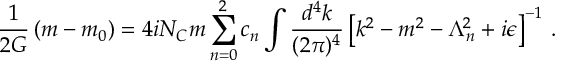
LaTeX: \frac { 1 } { 2 G } \left( m - m _ { 0 } \right) = 4 i N _ { C } m \sum _ { n = 0 } ^ { 2 } c _ { n } \int \frac { d ^ { 4 } k } { ( 2 \pi ) ^ { 4 } } \left[ k ^ { 2 } - m ^ { 2 } - \Lambda _ { n } ^ { 2 } + i \epsilon \right] ^ { - 1 } \, .